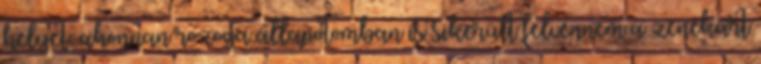
helyet, ahonnan rozoga állapotomban is sikerült felvennem a zenekart